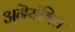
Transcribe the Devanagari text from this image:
अनॆयंत्रित